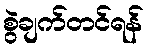
စွဲချက်တင်ရန်